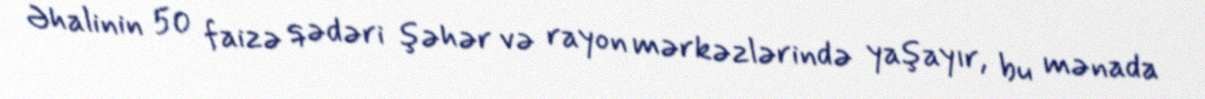
Əhalinin 50 faizə qədəri şəhər və rayon mərkəzlərində yaşayır, bu mənada